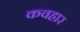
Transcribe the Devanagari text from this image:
कवहार